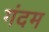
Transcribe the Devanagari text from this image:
गंदम